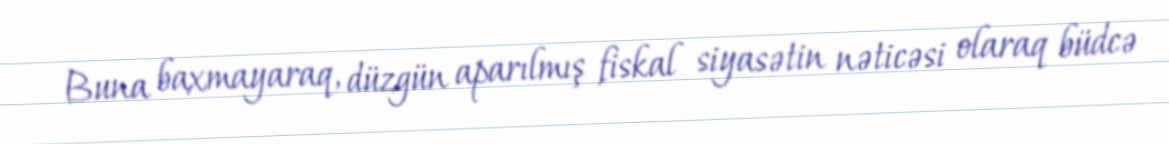
Buna baxmayaraq, düzgün aparılmış fiskal siyasətin nəticəsi olaraq büdcə